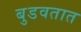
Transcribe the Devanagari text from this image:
बुडवतात